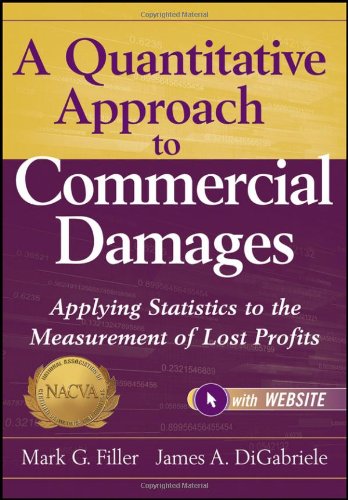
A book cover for A Quantitative Approach to Commercial Damages, + Website: Applying Statistics to the Measurement of Lost Profits; Mark G. Filler; Law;